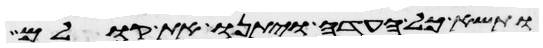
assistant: ותשא כל העדה ויתנו את קולם